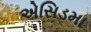
એસિડમા